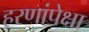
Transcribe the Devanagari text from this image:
हरणांपेक्षा